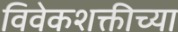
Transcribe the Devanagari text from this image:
विवेकशक्तीच्या